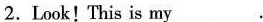
2. Look!This is my___.